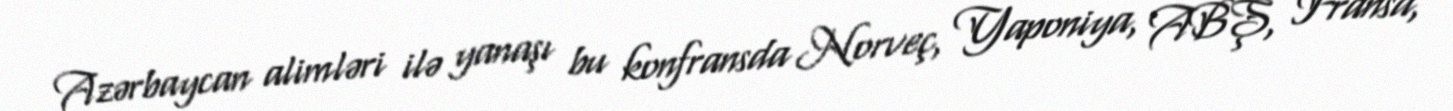
Azərbaycan alimləri ilə yanaşı bu konfransda Norveç, Yaponiya, ABŞ, Fransa,